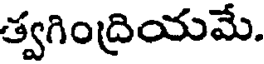
త్వగింద్రియమే.